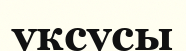
уксусы